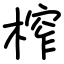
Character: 榨